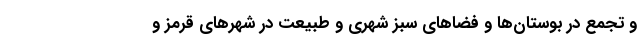
و تجمع در بوستان‌ها و فضا‌های سبز شهری و طبیعت در شهر‌های قرمز و